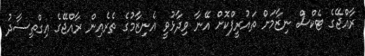
ރާއްޖޭގެ ޓެކްސް ނިޒާމަށް ތައުރީފްކޮށް އޭނާ ވިދާޅުވީ އެނިޒާމުގެ ތެރެއިން ރާއްޖޭގެ އިގްތިސާދު